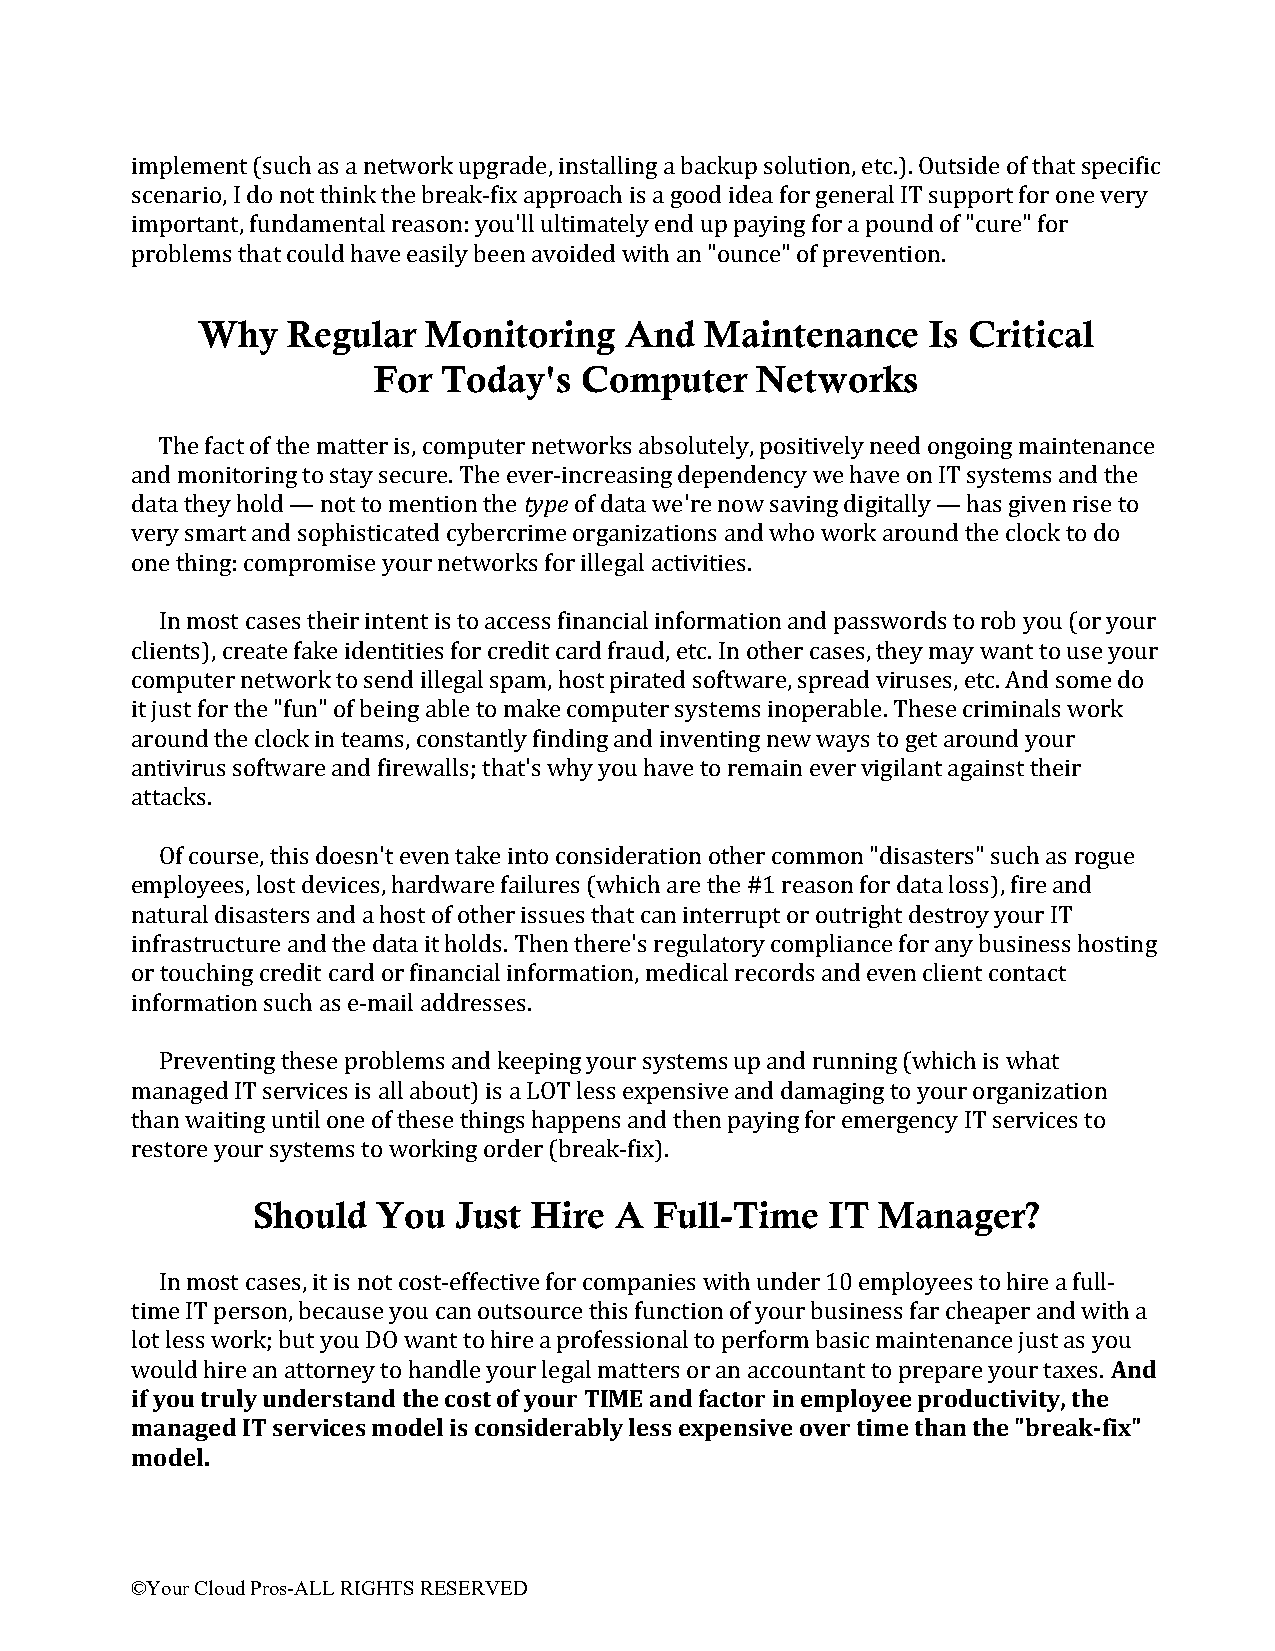
implement (such as a network upgrade, installing a backup solution, etc.). Outside of that specific
 scenario, I do not think the break-fix approach is a good idea for general IT support for one very
 important, fundamental reason: you'll ultimately end up paying for a pound of "cure" for
 problems that could have easily been avoided with an "ounce" of prevention.
 Why   Regular  Monitoring   And   Maintenance   Is Critical
 For Today's  Computer    Networks
 The fact of the matter is, computer networks absolutely, positively need ongoing maintenance
 and monitoring to stay secure. The ever-increasing dependency we have on IT systems and the
 data they hold — not to mention the type of data we're now saving digitally — has given rise to
 very smart and sophisticated cybercrime organizations and who work around the clock to do
 one thing: compromise your networks for illegal activities.
 In most cases their intent is to access financial information and passwords to rob you (or your
 clients), create fake identities for credit card fraud, etc. In other cases, they may want to use your
 computer network to send illegal spam, host pirated software, spread viruses, etc. And some do
 it just for the "fun" of being able to make computer systems inoperable. These criminals work
 around the clock in teams, constantly finding and inventing new ways to get around your
 antivirus software and firewalls; that's why you have to remain ever vigilant against their
 attacks.
 Of course, this doesn't even take into consideration other common "disasters" such as rogue
 employees, lost devices, hardware failures (which are the #1 reason for data loss), fire and
 natural disasters and a host of other issues that can interrupt or outright destroy your IT
 infrastructure and the data it holds. Then there's regulatory compliance for any business hosting
 or touching credit card or financial information, medical records and even client contact
 information such as e-mail addresses.
 Preventing these problems and keeping your systems up and running (which is what
 managed IT services is all about) is a LOT less expensive and damaging to your organization
 than waiting until one of these things happens and then paying for emergency IT services to
 restore your systems to working order (break-fix).
 Should  You  Just Hire  A Full-Time   IT Manager?
 In most cases, it is not cost-effective for companies with under 10 employees to hire a full-
 time IT person, because you can outsource this function of your business far cheaper and with a
 lot less work; but you DO want to hire a professional to perform basic maintenance just as you
 would hire an attorney to handle your legal matters or an accountant to prepare your taxes. And
 if you truly understand the cost of your TIME and factor in employee productivity, the
 managed IT services model is considerably less expensive over time than the "break-fix"
 model.
 ©Your Cloud Pros-ALL RIGHTS RESERVED